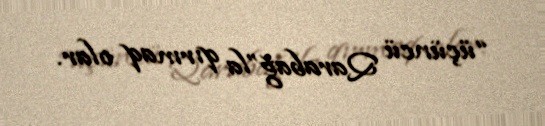
“üçüncü Qarabağ”la qırmaq olar.